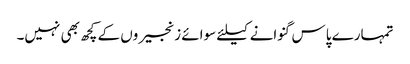
تمہارے پاس گنوانے کیلئے سوائے زنجیروں کے کچھ بھی نہیں۔